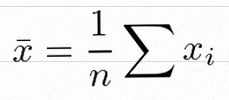
\bar{x}=\frac1n\sum x_i